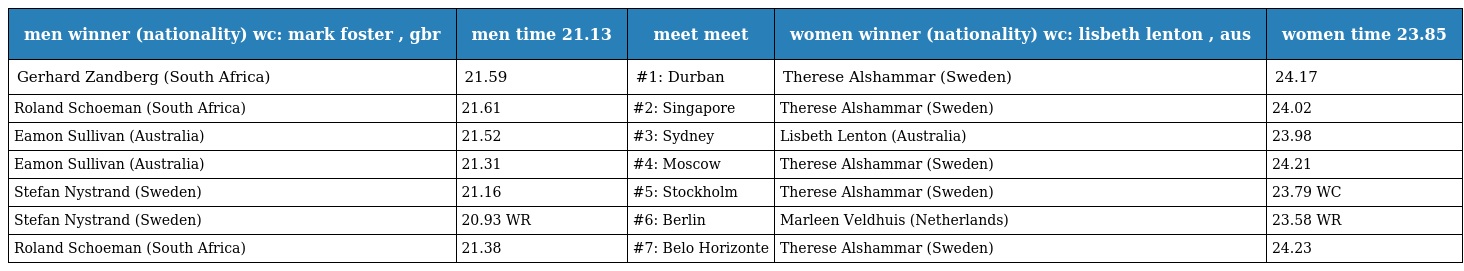
| men winner (nationality) wc: mark foster , gbr | men time 21.13 | meet meet | women winner (nationality) wc: lisbeth lenton , aus | women time 23.85 |
 | --- | --- | --- | --- | --- |
 | Gerhard Zandberg (South Africa) | 21.59 | #1: Durban | Therese Alshammar (Sweden) | 24.17 |
 | Roland Schoeman (South Africa) | 21.61 | #2: Singapore | Therese Alshammar (Sweden) | 24.02 |
 | Eamon Sullivan (Australia) | 21.52 | #3: Sydney | Lisbeth Lenton (Australia) | 23.98 |
 | Eamon Sullivan (Australia) | 21.31 | #4: Moscow | Therese Alshammar (Sweden) | 24.21 |
 | Stefan Nystrand (Sweden) | 21.16 | #5: Stockholm | Therese Alshammar (Sweden) | 23.79 WC |
 | Stefan Nystrand (Sweden) | 20.93 WR | #6: Berlin | Marleen Veldhuis (Netherlands) | 23.58 WR |
 | Roland Schoeman (South Africa) | 21.38 | #7: Belo Horizonte | Therese Alshammar (Sweden) | 24.23 |